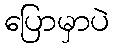
ပြောမှာပဲ